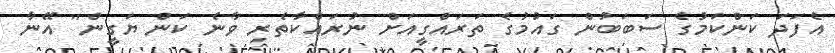
އެފަދަ ކަންކަމުގެ ސަބަބުން ގައުމުގެ ތަރައްގީއަށް ނުރައްކާތެރި ވާނެ ކަން ޔަގީން" އޭނާ